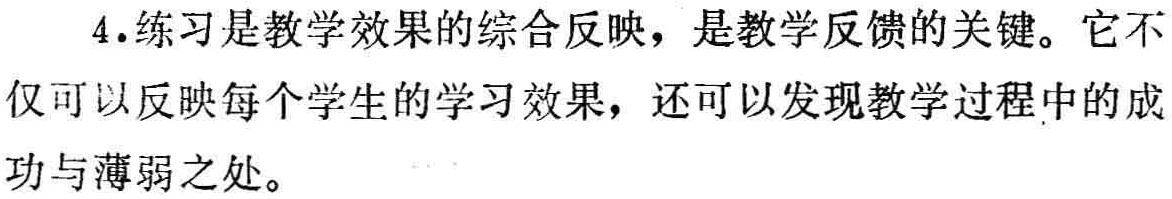
4.练习是教学效果的综合反映，是教学反馈的关键。它不仅可以反映每个学生的学习效果，还可以发现教学过程中的成功与薄弱之处。